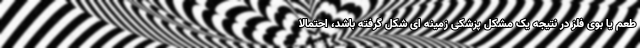
طعم یا بوی فلز در نتیجه یک مشکل پزشکی زمینه ای شکل گرفته باشد، احتمالا